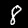
Digit: 8